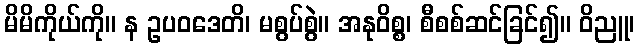
မိမိကိုယ်ကို။ န ဥပဝဒေတိ၊ မစွပ်စွဲ။ အနုဝိစ္စ၊ စီစစ်ဆင်ခြင်၍။ ဝိညူ၊